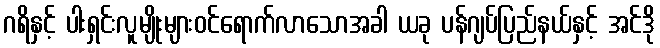
ဂရိနှင့် ပါးရှင်းလူမျိုးများဝင်ရောက်လာသောအခါ ယခု ပန်ဂျပ်ပြည်နယ်နှင့် အင်ဒို